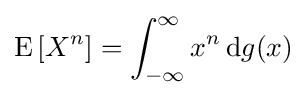
\operatorname {E} \left[X^{n}\right]=\int _{-\infty }^{\infty }x^{n}\,\mathrm {d} g(x)